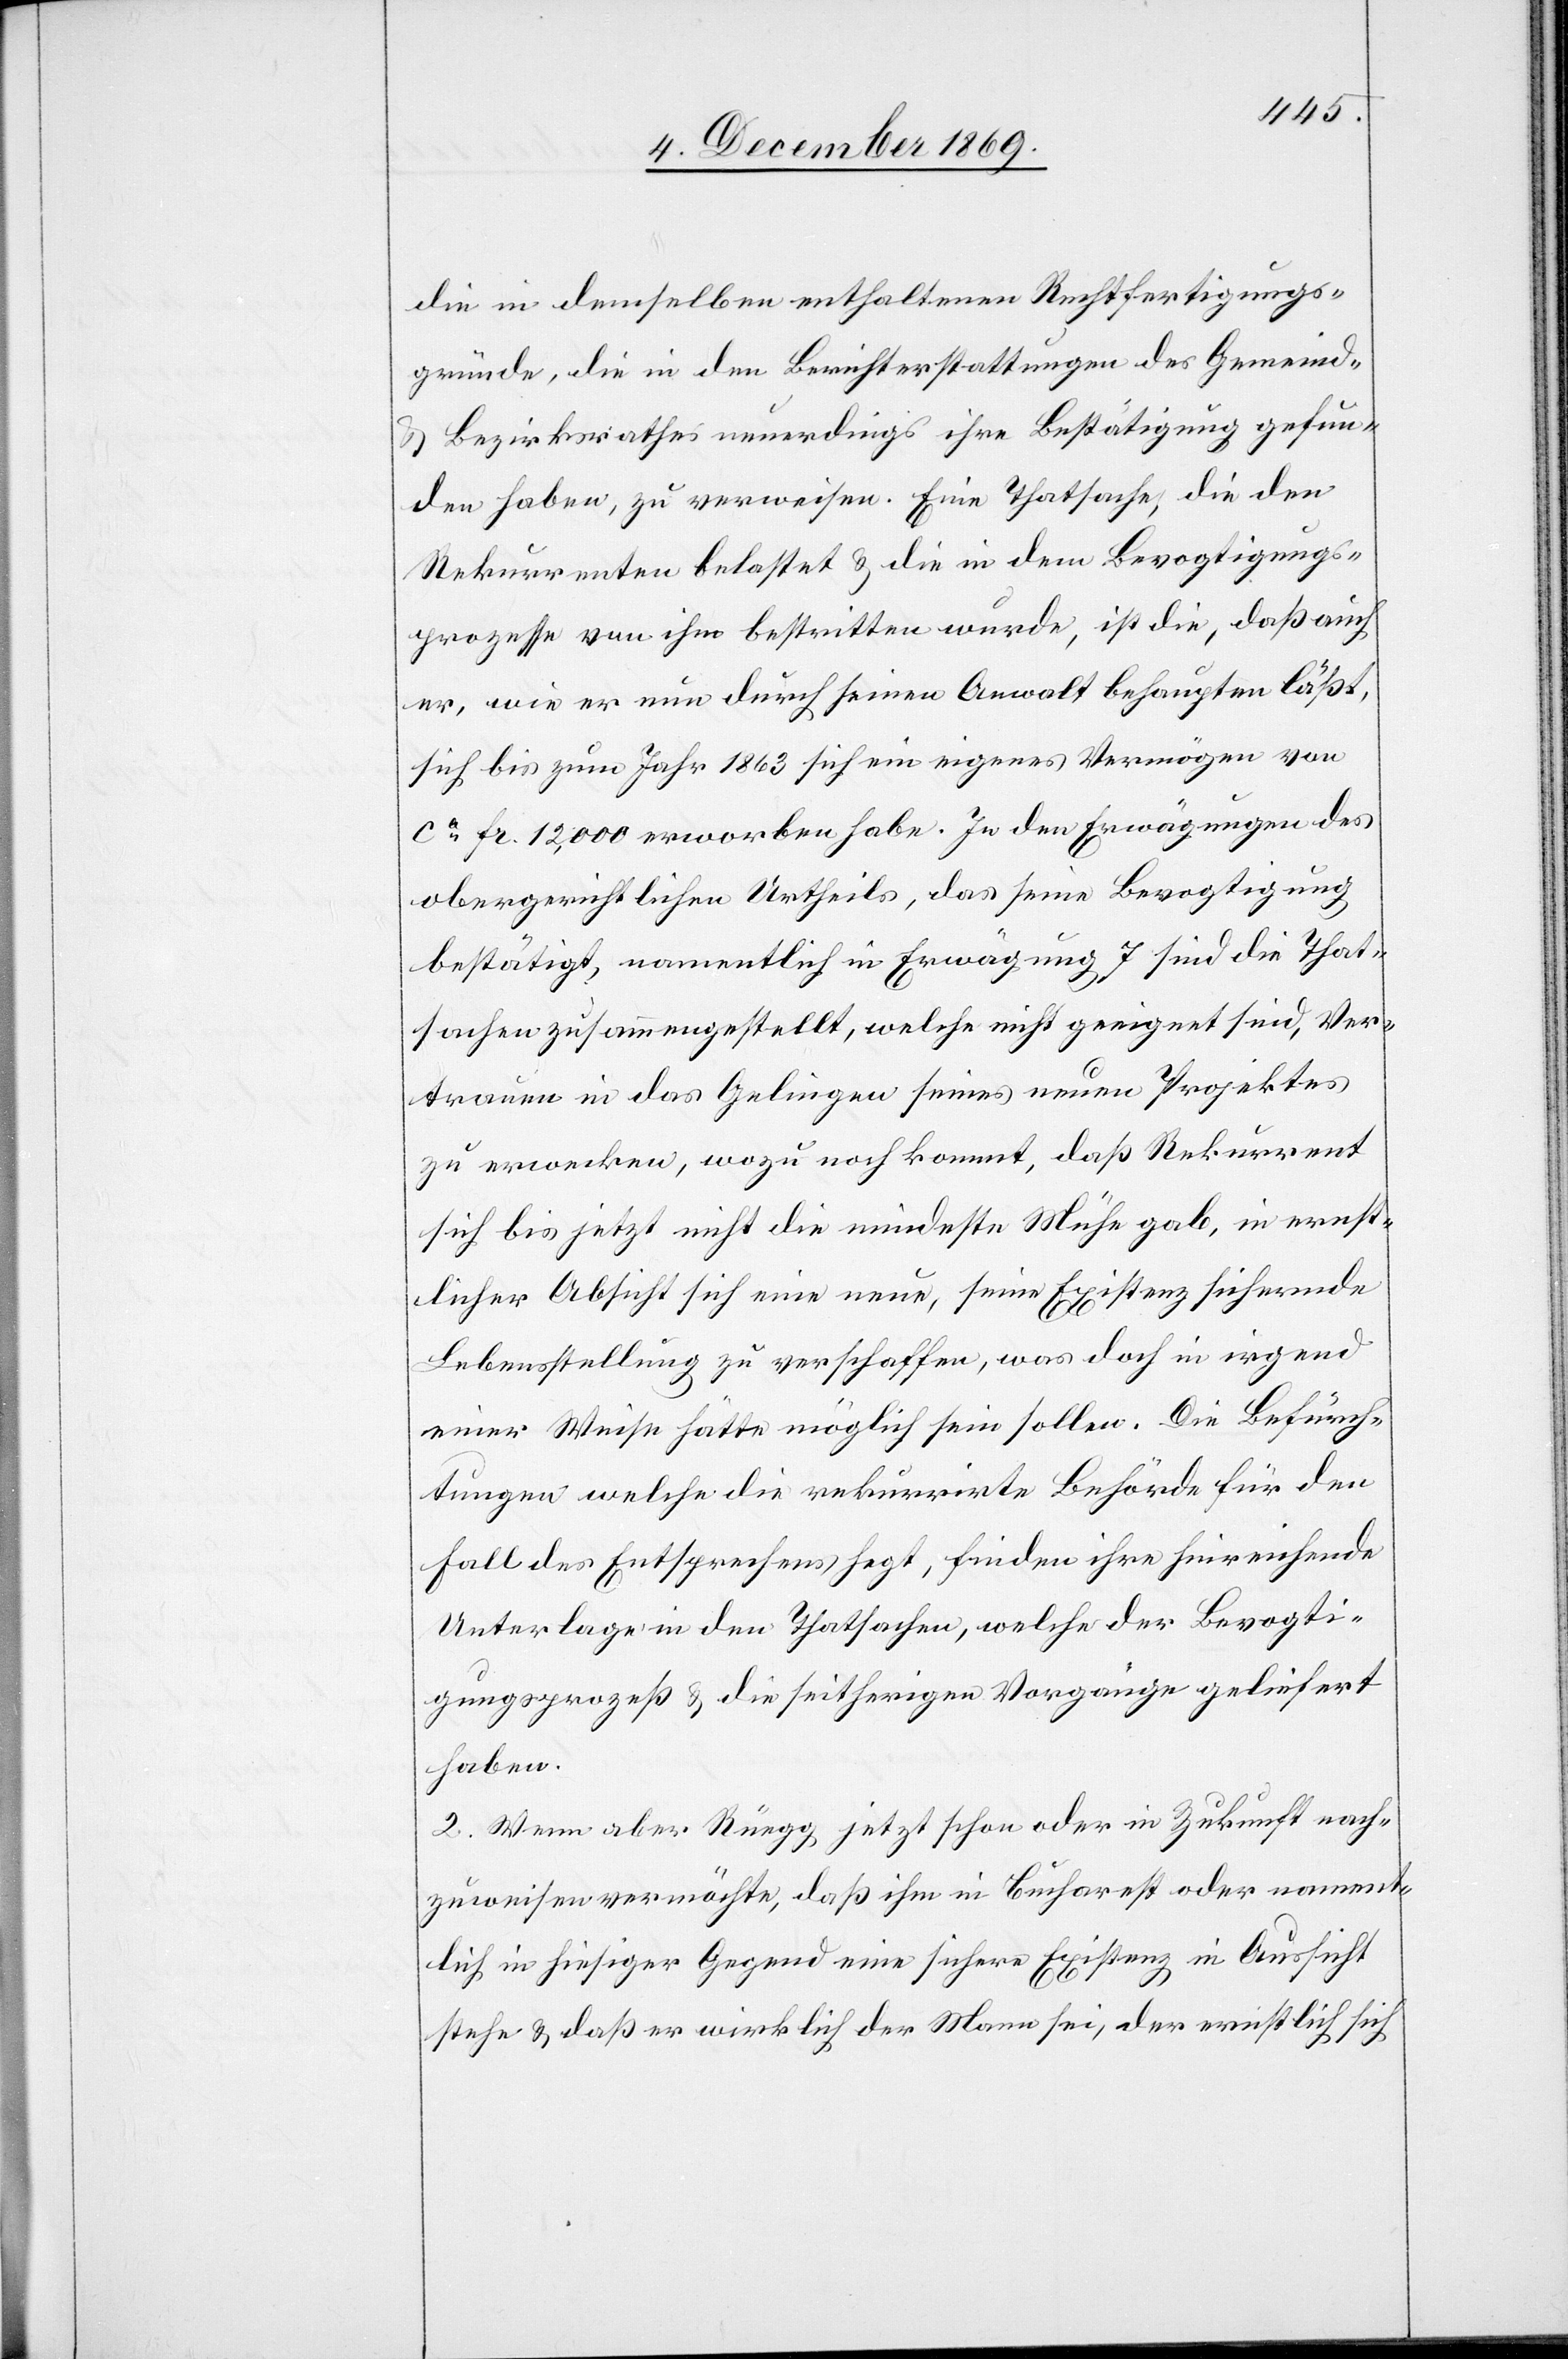
die in demselben enthaltenen Rechtfertigungs¬
gründe, die in den Berichterstattungen des Gemeind-
& Bezirksrathes neuerdings ihre Bestätigung gefun¬
den haben, zu verweisen. Eine Thatsache, die den
Rekurrenten belastet & die in dem Bevogtigungs¬
prozesse von ihm bestritten wurde, ist die, daß auch
er, wie er nun durch seinen Anwalt behaupten läßt,
sich bis zum Jahr 1863 sich [sic!] ein eigenes Vermögen von
ca Fr. 12,000 erworben habe. In den Erwägungen des
obergerichtlichen Urtheils, das seine Bevogtigung
bestätigt, namentlich in Erwägung 7 sind die That¬
sachen zusammengestellt, welche nicht geeignet sind, Ver¬
trauen in das Gelingen seines neuen Projektes
zu erwecken, wozu noch kommt, daß Rekurrent
sich bis jetzt nicht die mindeste Mühe gab, in ernst¬
licher Absicht sich eine neue, seine Existenz sichernde
Lebensstellung zu verschaffen, was doch in irgend
einer Weise hätte möglich sein sollen. Die Befürch¬
tungen welche die rekurrirte Behörde für den
Fall des Entsprechens hegt, finden ihre hinreichende
Unterlage in den Thatsachen, welche der Bevogti¬
gungsprozeß & die seitherigen Vorgänge geliefert
haben.
2. Wenn aber Rüegg jetzt schon oder in Zukunft nach¬
zuweisen vermöchte, daß ihm in Bucharest oder nament¬
lich in hiesiger Gegend eine sichere Existenz in Aussicht
stehe & daß er wirklich der Mann sei, der ernstlich sich